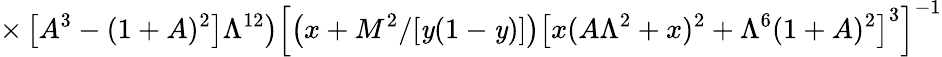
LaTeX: \times\left.\left[A^{3}-(1+A)^{2}\right]\Lambda^{12}\right)\left[\left(x+M^{2}/[\mathit{y}(1-\mathit{y})]\right)\left[x(A\Lambda^{2}+x)^{2}+\Lambda^{6}(1+A)^{2}\right]^{3}\right]^{-1}